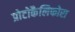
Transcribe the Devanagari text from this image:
प्रोटोकैलिफोरा